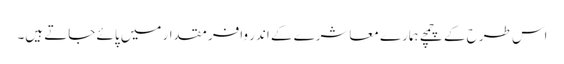
اس طرح کے چمچے ہمارے معاشرے کے اندر وافر مقدار میں پائے جاتے ہیں۔